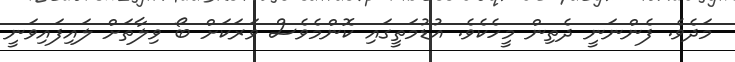
މަދެވެ. ފެންނަނީ ދެތިން މީހެކެވެ. އުޑުމަތީގައި ކޮންމެވެސް ވަރަކަށް ބޯ ވިލާތަށް ލައިފައިވަނީ